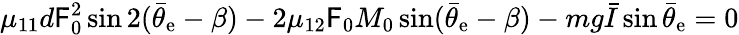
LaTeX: \mu_{11}d\mathsf{F}_{0}^{2}\sin2(\bar{{\theta}}_{\mathrm{{e}}}-\beta)-2\mu_{12}\mathsf{F}_{0}M_{0}\sin(\bar{{\theta}}_{\mathrm{{e}}}-\beta)-mg\bar{{I}}\sin\bar{{\theta}}_{\mathrm{{e}}}=0